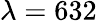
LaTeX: \lambda=632